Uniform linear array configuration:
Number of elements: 48
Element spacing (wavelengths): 0.75
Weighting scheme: blackman
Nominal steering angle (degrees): -60
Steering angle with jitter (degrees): -60.181
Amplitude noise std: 0.05
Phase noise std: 0.05

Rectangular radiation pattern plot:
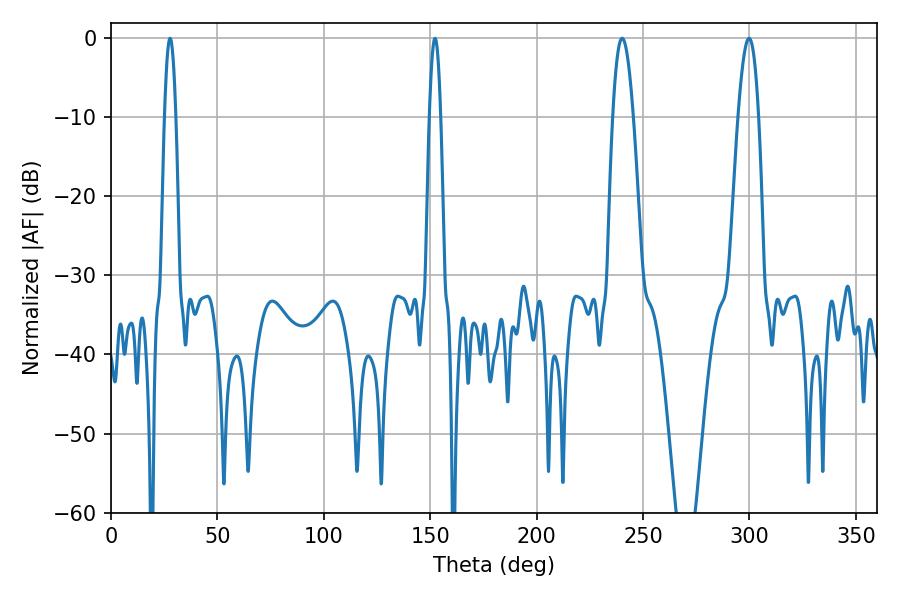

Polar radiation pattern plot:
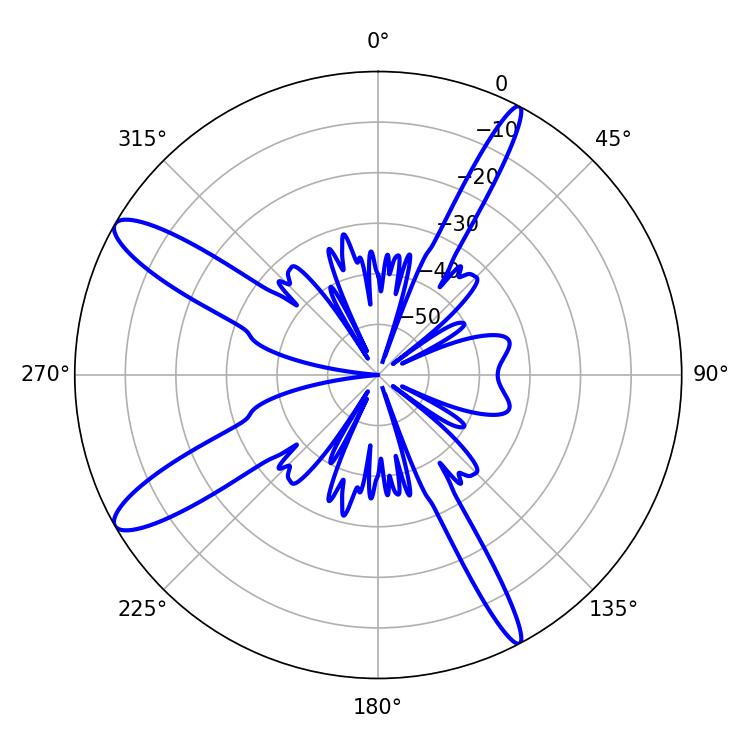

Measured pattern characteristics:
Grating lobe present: TRUE
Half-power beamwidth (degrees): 2.88
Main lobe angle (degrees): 27.72